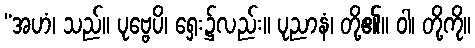
“အဟံ၊ သည်။ ပုဗ္ဗေပိ၊ ရှေး၌လည်း။ ပုညာနံ၊ တို့၏။ ဝါ၊ တို့ကို။